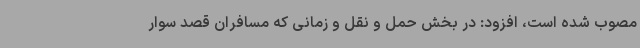
مصوب شده است، افزود: در بخش حمل و نقل و زمانی که مسافران قصد سوار